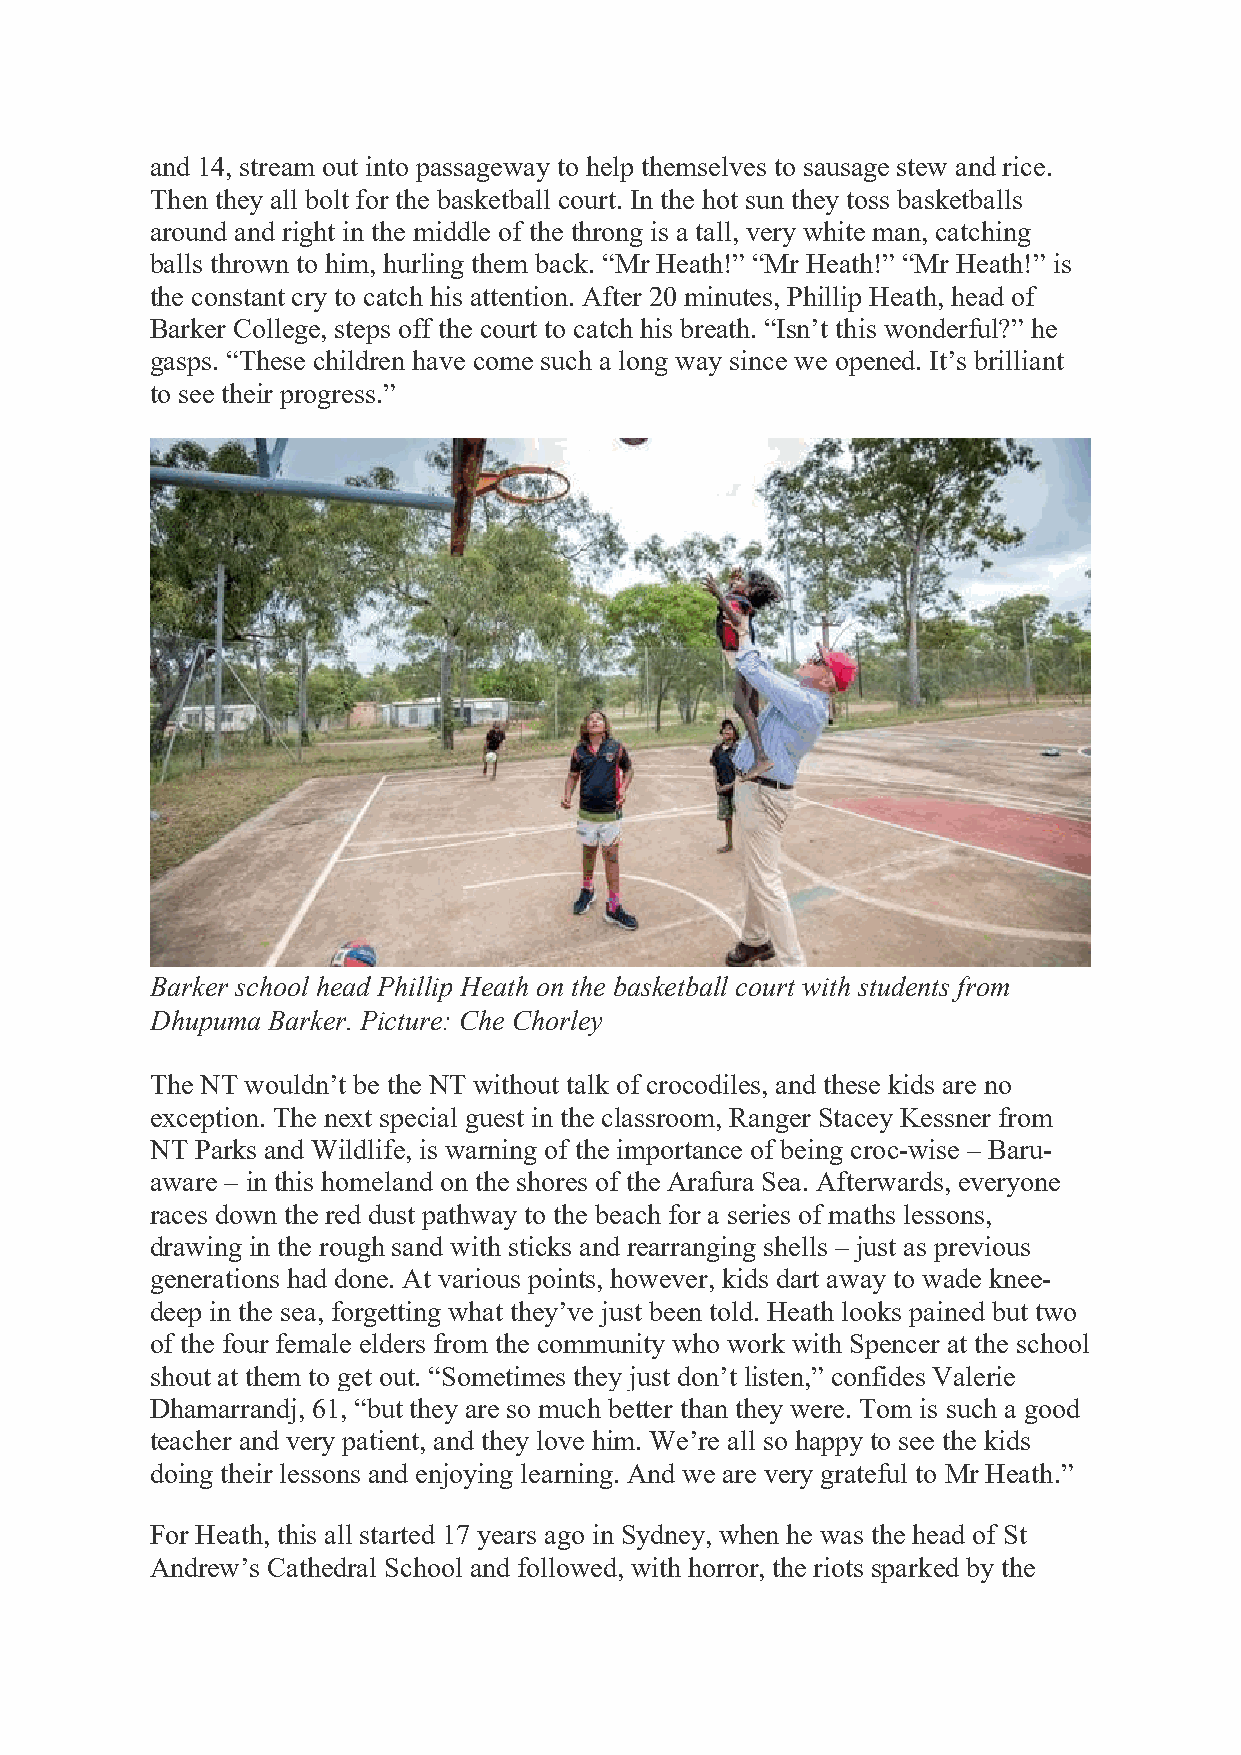
and 14, stream out into passageway to help themselves to sausage stew and rice.
 Then they all bolt for the basketball court. In the hot sun they toss basketballs
 around and right in the middle of the throng is a tall, very white man, catching
 balls thrown to him, hurling them back. “Mr Heath!” “Mr Heath!” “Mr Heath!” is
 the constant cry to catch his attention. After 20 minutes, Phillip Heath, head of
 Barker College, steps off the court to catch his breath. “Isn’t this wonderful?” he
 gasps. “These children have come such a long way since we opened. It’s brilliant
 to see their progress.”
 Barker school head Phillip Heath on the basketball court with students from
 Dhupuma Barker. Picture: Che Chorley
 The NT wouldn’t be the NT without talk of crocodiles, and these kids are no
 exception. The next special guest in the classroom, Ranger Stacey Kessner from
 NT Parks and Wildlife, is warning of the importance of being croc-wise – Baru-
 aware – in this homeland on the shores of the Arafura Sea. Afterwards, everyone
 races down the red dust pathway to the beach for a series of maths lessons,
 drawing in the rough sand with sticks and rearranging shells – just as previous
 generations had done. At various points, however, kids dart away to wade knee-
 deep in the sea, forgetting what they’ve just been told. Heath looks pained but two
 of the four female elders from the community who work with Spencer at the school
 shout at them to get out. “Sometimes they just don’t listen,” confides Valerie
 Dhamarrandj, 61, “but they are so much better than they were. Tom is such a good
 teacher and very patient, and they love him. We’re all so happy to see the kids
 doing their lessons and enjoying learning. And we are very grateful to Mr Heath.”
 For Heath, this all started 17 years ago in Sydney, when he was the head of St
 Andrew’s Cathedral School and followed, with horror, the riots sparked by the